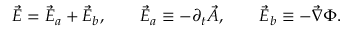
\vec { E } = \vec { E } _ { a } + \vec { E } _ { b } , \qquad \vec { E } _ { a } \equiv - \partial _ { t } \vec { A } , \qquad \vec { E } _ { b } \equiv - \vec { \nabla } \Phi .